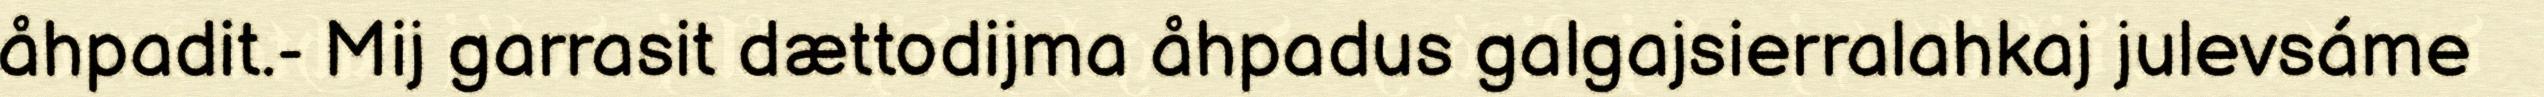
åhpadit.- Mij garrasit dættodijma åhpadus galgajsierralahkaj julevsáme